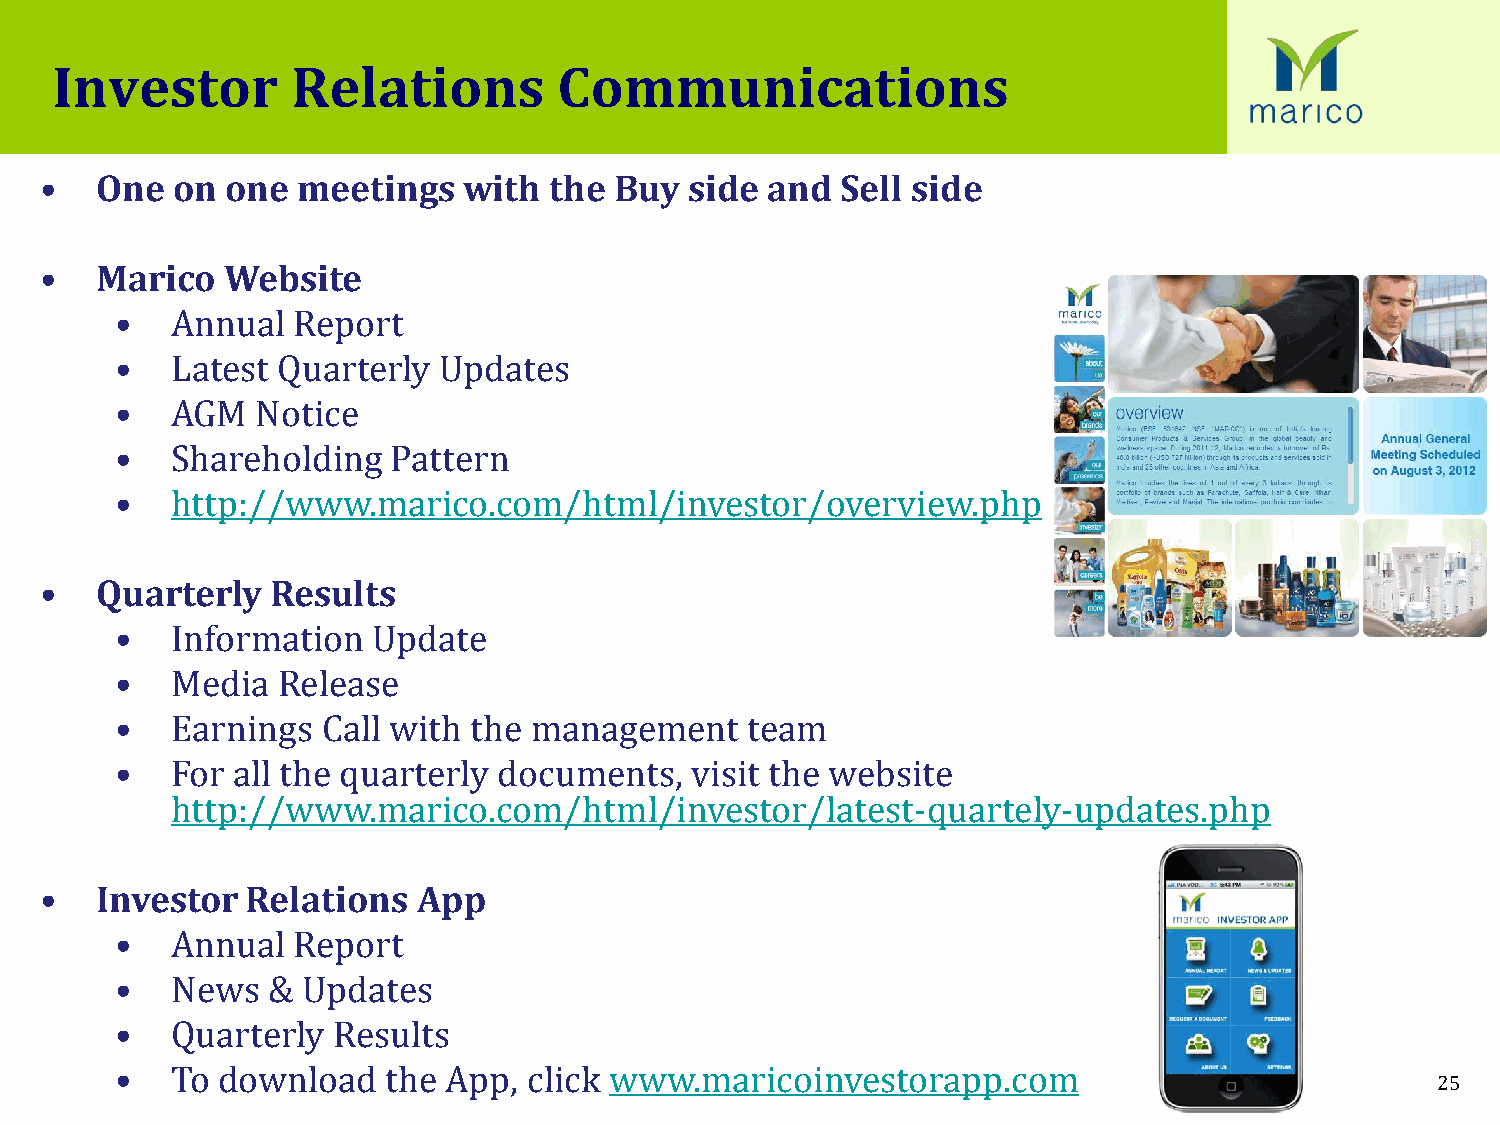
Investor        Relations         Communications
 •  One  on  one  meetings   with the  Buy  side and  Sell side
 •  Marico   Website
 •  Annual  Report
 •  Latest Quarterly  Updates
 •  AGM   Notice
 •  Shareholding   Pattern
 •  http://www.marico.com/html/investor/overview.php
 •  Quarterly   Results
 •  Information   Update
 •  Media  Release
 •  Earnings  Call with the management    team
 •  For all the quarterly documents,   visit the website
 http://www.marico.com/html/investor/latest-quartely-updates.php
 •  Investor  Relations   App
 •  Annual  Report
 •  News   & Updates
 •  Quarterly  Results
 •  To download    the App, click www.maricoinvestorapp.com
 25